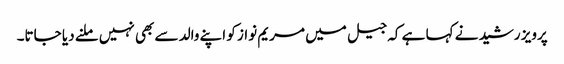
پرویز رشید نے کہا ہے کہ جیل میں مریم نواز کو اپنے والد سے بھی نہیں ملنے دیا جاتا۔